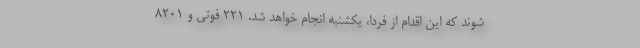
شوند که این اقدام از فردا، یکشنبه انجام خواهد شد. ۲۲۱ فوتی و ۸۲۰۱